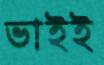
ভাইই